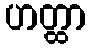
ဟတ္ထာ